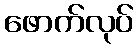
ဖောက်လုပ်